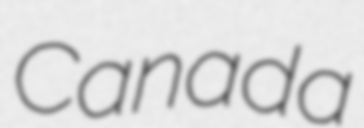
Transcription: Canada